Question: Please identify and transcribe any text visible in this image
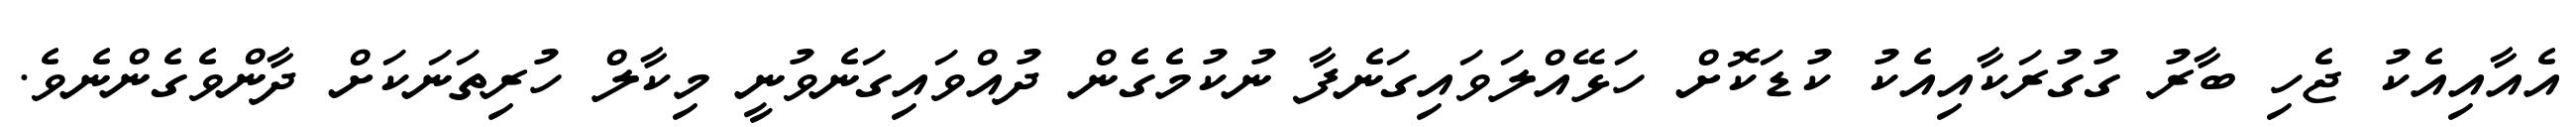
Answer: އެއާއިއެކު ޖެހި ބާރު ގުގުރަކާއިއެކު ކުޑަކޮށް ހަޅޭއްލަވައިގަނެފާ ނުކުމެގެން ދުއްވައިގަނެވުނީ މިކާލް ހުރިތަނަކަށް ދާންވެގެންނެވެ.